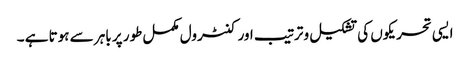
ایسی تحریکوں کی تشکیل و ترتیب اور کنٹرول مکمل طور پر باہر سے ہوتا ہے ۔